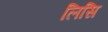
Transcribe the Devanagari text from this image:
लिसि